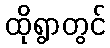
ထိုရွာတွင်